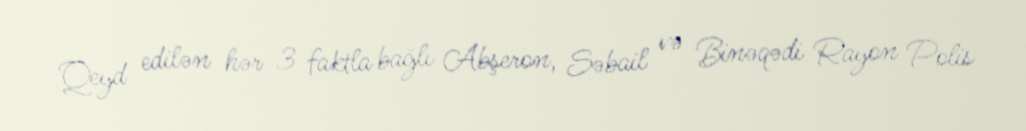
Qeyd edilən hər 3 faktla bağlı Abşeron, Səbail və Binəqədi Rayon Polis